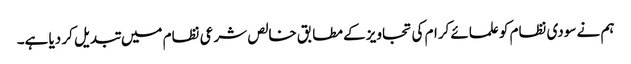
ہم نے سودی نظام کو علمائے کرام کی تجاویز کے مطابق خالص شرعی نظام میں تبدیل کر دیا ہے۔